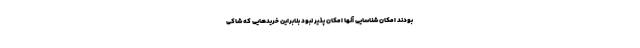
بودند امکان شناسایی آنها امکان پذیر نبود بنابراین خریدهایی که شاکی